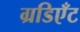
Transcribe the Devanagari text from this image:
ग्रडिएँट